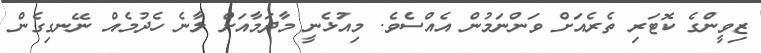
ޒިވީންގެ ކޮޓަރި ތެރެއަށް ވަންނަމުން އެއްސެވެ. މިއުޅެނީ މާދަމާއަށް ލާނެ ހެދުމެއް ނޭނގިގެން